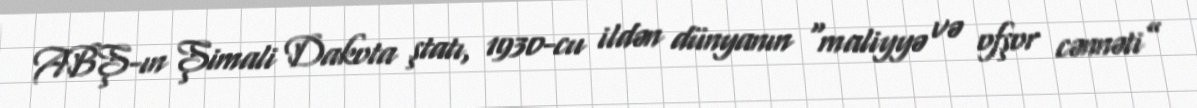
ABŞ-ın Şimali Dakota ştatı, 1930-cu ildən dünyanın “maliyyə və ofşor cənnəti”